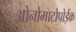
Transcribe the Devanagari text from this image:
ओनोमाटोपोईक